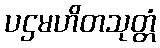
ပဌမဟိတသုတ္တံ